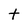
Character: t